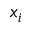
x _ { i }